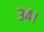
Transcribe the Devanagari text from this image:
३४।